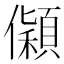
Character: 𰃅